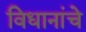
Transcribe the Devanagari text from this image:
विधानांचे